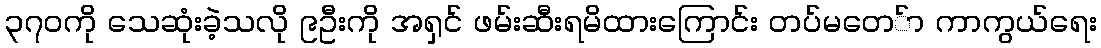
၃၇၀ကို သေဆုံးခဲ့သလို ၉ဦးကို အရှင် ဖမ်းဆီးရမိထားကြောင်း တပ်မတေ်ာ ကာကွယ်ရေး